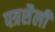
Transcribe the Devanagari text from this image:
पत्रशैली